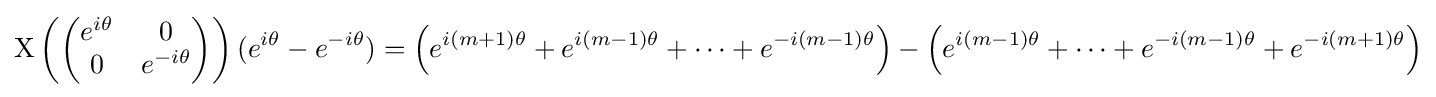
\mathrm {X} \left({\begin{pmatrix}e^{i\theta }&0\\0&e^{-i\theta }\end{pmatrix}}\right)(e^{i\theta }-e^{-i\theta })=\left(e^{i(m+1)\theta }+e^{i(m-1)\theta }+\cdots +e^{-i(m-1)\theta }\right)-\left(e^{i(m-1)\theta }+\cdots +e^{-i(m-1)\theta }+e^{-i(m+1)\theta }\right)